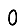
Digit: 0